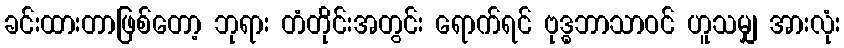
ခင်းထားတာဖြစ်တော့ ဘုရား တံတိုင်းအတွင်း ရောက်ရင် ဗုဒ္ဓဘာသာဝင် ဟူသမျှ အားလုံး